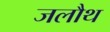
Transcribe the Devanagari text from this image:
जलौथ